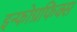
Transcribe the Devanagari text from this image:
इन्फोग्रफिक्स